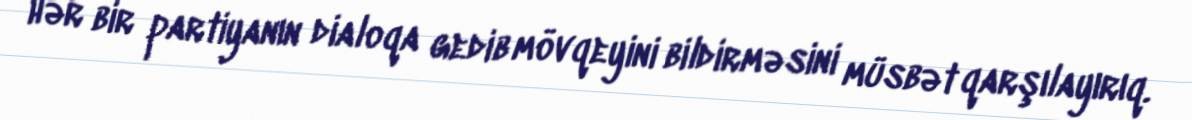
hər bir partiyanın dialoqa gedib mövqeyini bildirməsini müsbət qarşılayırıq.